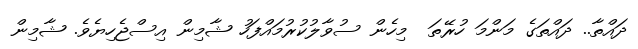
ދައްތާ.. ދައްތަގެ މަންމަ ހުރޭތަ  މިހެން ސުވާލުކުރުމައްފަހު ޝާމިން އިސްޖެހިޔެވެ. ޝާމިން